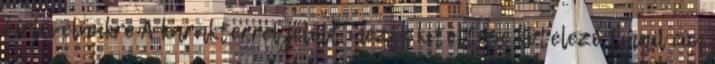
hírlevelünkre A karakterrel jelölt mezők kitöltése kötelező Email cím